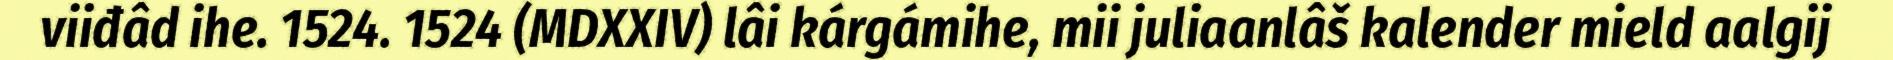
viiđâd ihe. 1524. 1524 (MDXXIV) lâi kárgámihe, mii juliaanlâš kalender mield aalgij